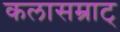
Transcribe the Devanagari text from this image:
कलासम्राट्